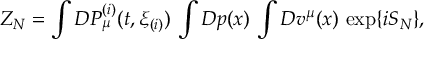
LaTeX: Z _ { N } = \int { \cal D } P _ { \mu } ^ { ( i ) } ( t , \xi _ { ( i ) } ) \, \int { \cal D } p ( x ) \, \int { \cal D } v ^ { \mu } ( x ) \, \exp \{ i S _ { N } \} ,